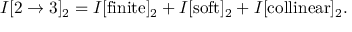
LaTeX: I [ 2 \rightarrow 3 ] _ { 2 } = I [ \mathrm { { f i n i t e } } ] _ { 2 } + I [ \mathrm { s o f t } ] _ { 2 } + I [ \mathrm { c o l l i n e a r } ] _ { 2 } .